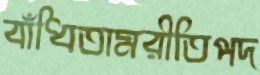
বাঁধিতামরীতিপদ